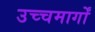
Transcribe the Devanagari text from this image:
उच्चमार्गों